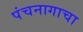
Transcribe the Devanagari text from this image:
पंचनागाचा